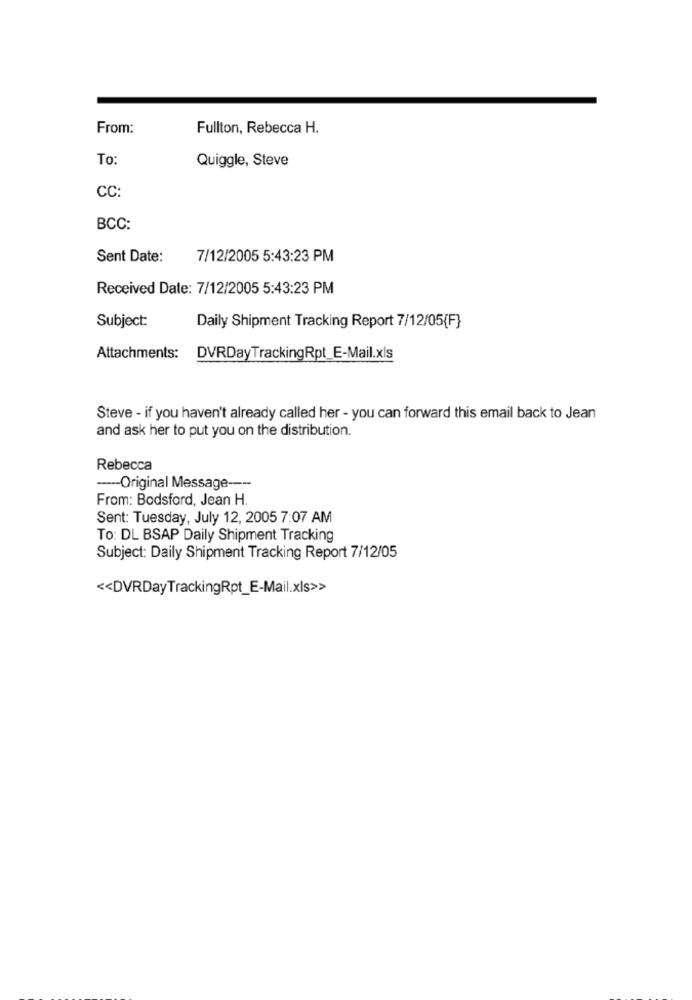
From:
Fullton, Rebecca H.
To:
Quiggle, Steve
CC:
BCC:
Sent Date:
7/12/2005 5:43:23 PM
Received Date: 7/12/2005 5:43:23 PM
Subject:
Daily Shipment Tracking Report 7/12/05(F}
Attachments: DVRDayTrackingRpt_E-Mail.xls
Steve - if you haven't already called her - you can forward this email back to Jean
and ask her to put you on the distribution.
Rebecca
----- Original Message ----
From: Bodsford, Jean H.
Sent: Tuesday, July 12, 2005 7:07 AM
To: DL BSAP Daily Shipment Tracking
Subject: Daily Shipment Tracking Report 7/12/05
<< DVRDayTrackingRpt_E-Mail.xls>>